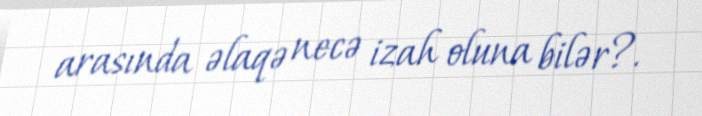
arasında əlaqə necə izah oluna bilər?.